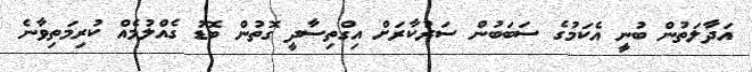
އަދާލަތުން ބުނީ އެކަމުގެ ސަބަބުން ސަރުކާރަށް އިގްތިސާދީ ގޮތުން ބޮޑު ގެއްލުމެއް ކުރިމަތިވާނެ